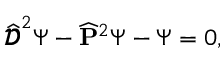
{ \widehat { \pmb { \mathscr { D } } } } ^ { 2 } \Psi - { \widehat { \bf P } } ^ { 2 } \Psi - \Psi = 0 ,